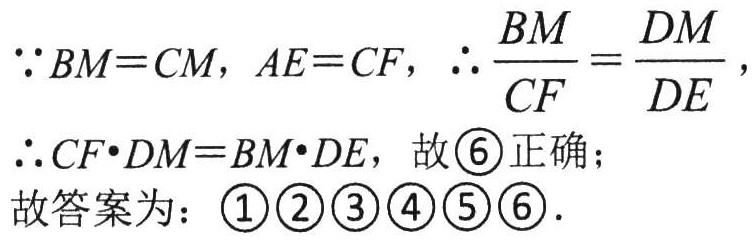
\(\because BM = CM\)，\(AE = CF\)，\(\therefore\frac{BM}{CF}=\frac{DM}{DE}\)，
\(\therefore CF\cdot DM=BM\cdot DE\)，故\textcircled{6}正确；
故答案为：\(\textcircled{1}\textcircled{2}\textcircled{3}\textcircled{4}\textcircled{5}\textcircled{6}\)．